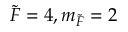
\Tilde { F } = 4 , m _ { \Tilde { F } } = 2